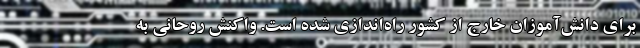
برای دانش‌آموزان خارج از کشور راه‌اندازی شده است. واکنش روحانی به